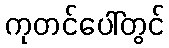
ကုတင်ပေါ်တွင်